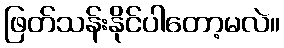
ဖြတ်သန်းနိုင်ပါတော့မလဲ။